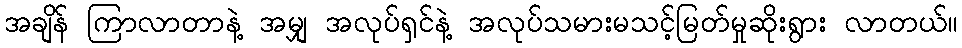
အချိန် ကြာလာတာနဲ့ အမျှ အလုပ်ရှင်နဲ့ အလုပ်သမားမသင့်မြတ်မှုဆိုးရွား လာတယ်။